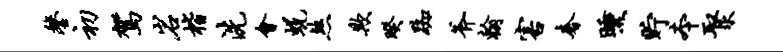
鏊初驾岩楷洗会蜕煞欺暌踟斧翰害奢曛贮本聚